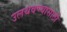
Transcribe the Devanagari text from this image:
उलथवण्यासाठी